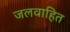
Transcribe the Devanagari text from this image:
जलवाहित